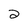
Character: 2